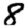
Digit: 8